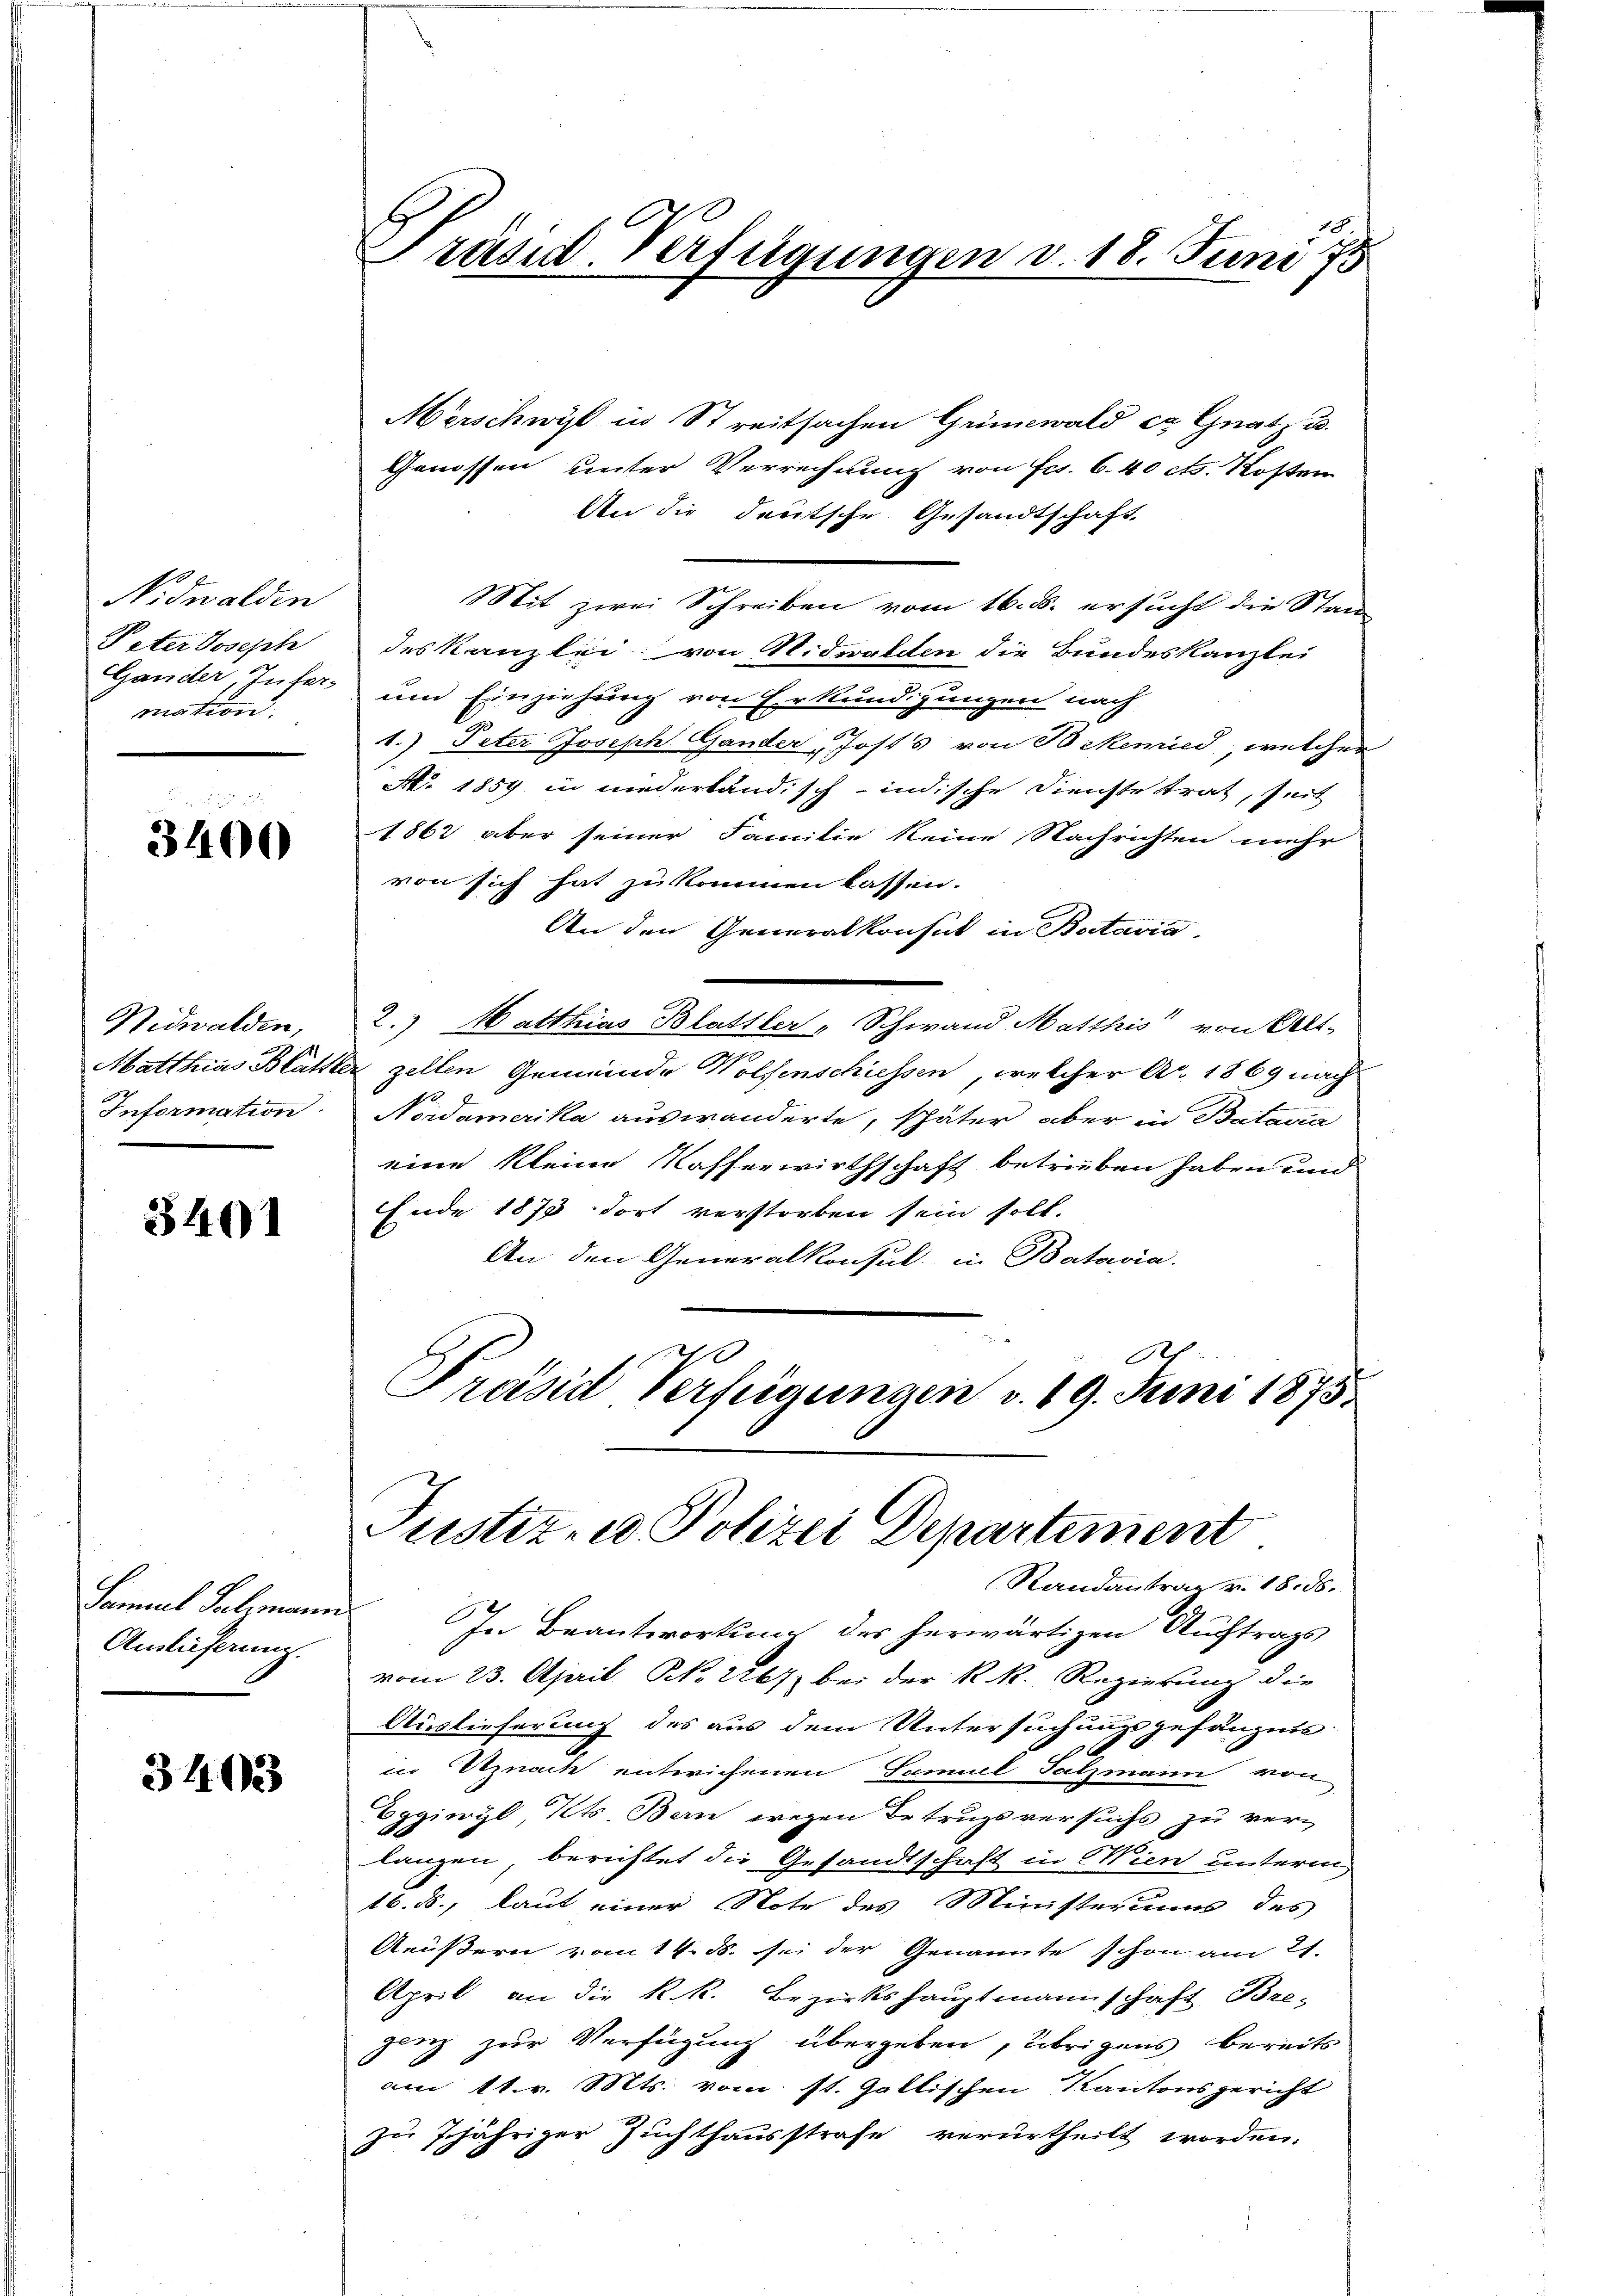
Nidwalden
Peter Joseph
Gander Zufermation.

3400

Nidwalden,
Matthias Blätt
Information

3401

Samuel Salzmann
Auslieferung.

3403

Präsid. Verfügungen v. 18. Juni f

Merschwist in Streitsachen Grünewald er Gnatz u.
Genossen unter Verrechnung von Fr. 6.40 cts. Kosten
An die deutsche Gesandtschaft.
Mit zwei Schreiben vom 16. ds. ersucht die Stan
des Kanzlei, von Nidwalden die Bundeskanzlei
um Einziehung von Erkundigungen nach
1.) Peter Joseph Gander, Josts von Bekemied, welcher
M. 1859 in niederländisch-indische Dienste strat, seit
1862 aber seiner Familie keine Nachrichten mehr
von sich hat zu kommen lassen.
An den Generalkonsul in Batavia
2.) Matthias Blattler „Schwand Matthis von Alt-
er Zellen Gemeinde Wolfenschiessen, welcher Ao. 1869 nach
Nordamerika auswanderte, später aber in Batavia
eine kleine Kafferwirthschaft betrieben haben und
Ende 1875 dort verstorben sein soll.
An den Generalkonsul in Batavia.
A
Präsid Verfügungen v. 19. Juni 1875.
Justiz- & Polizei Departement
Randantrag v. 18. ds.
In Beantwortung des herwärtigen Auftrags
vom 23. April N. 2267) bei der R. R. Regierung die
Auslieferung des aus dem Untersuchungsgefängnis
in Uznach entwichenen Samuel Salzmann von
Eggiwyl, Kts. Bern wegen Betrugsversuchs zu ver-
langen, berichtet die Gesandtschaft in Wien unterm
16. ds., laut einer Note des Ministeriums des
Aeußern vom 14. ds. sei der Genannte schon am 21.
April an die k.k. Bezirkshauptmannschaft Breganz zur Verfügung übergeben, übrigens bereits
am 11. v. Mts. vom st. Gallischen Kantonsgericht
zu 7jähriger Zuchthausstrafe verurtheilt worden.